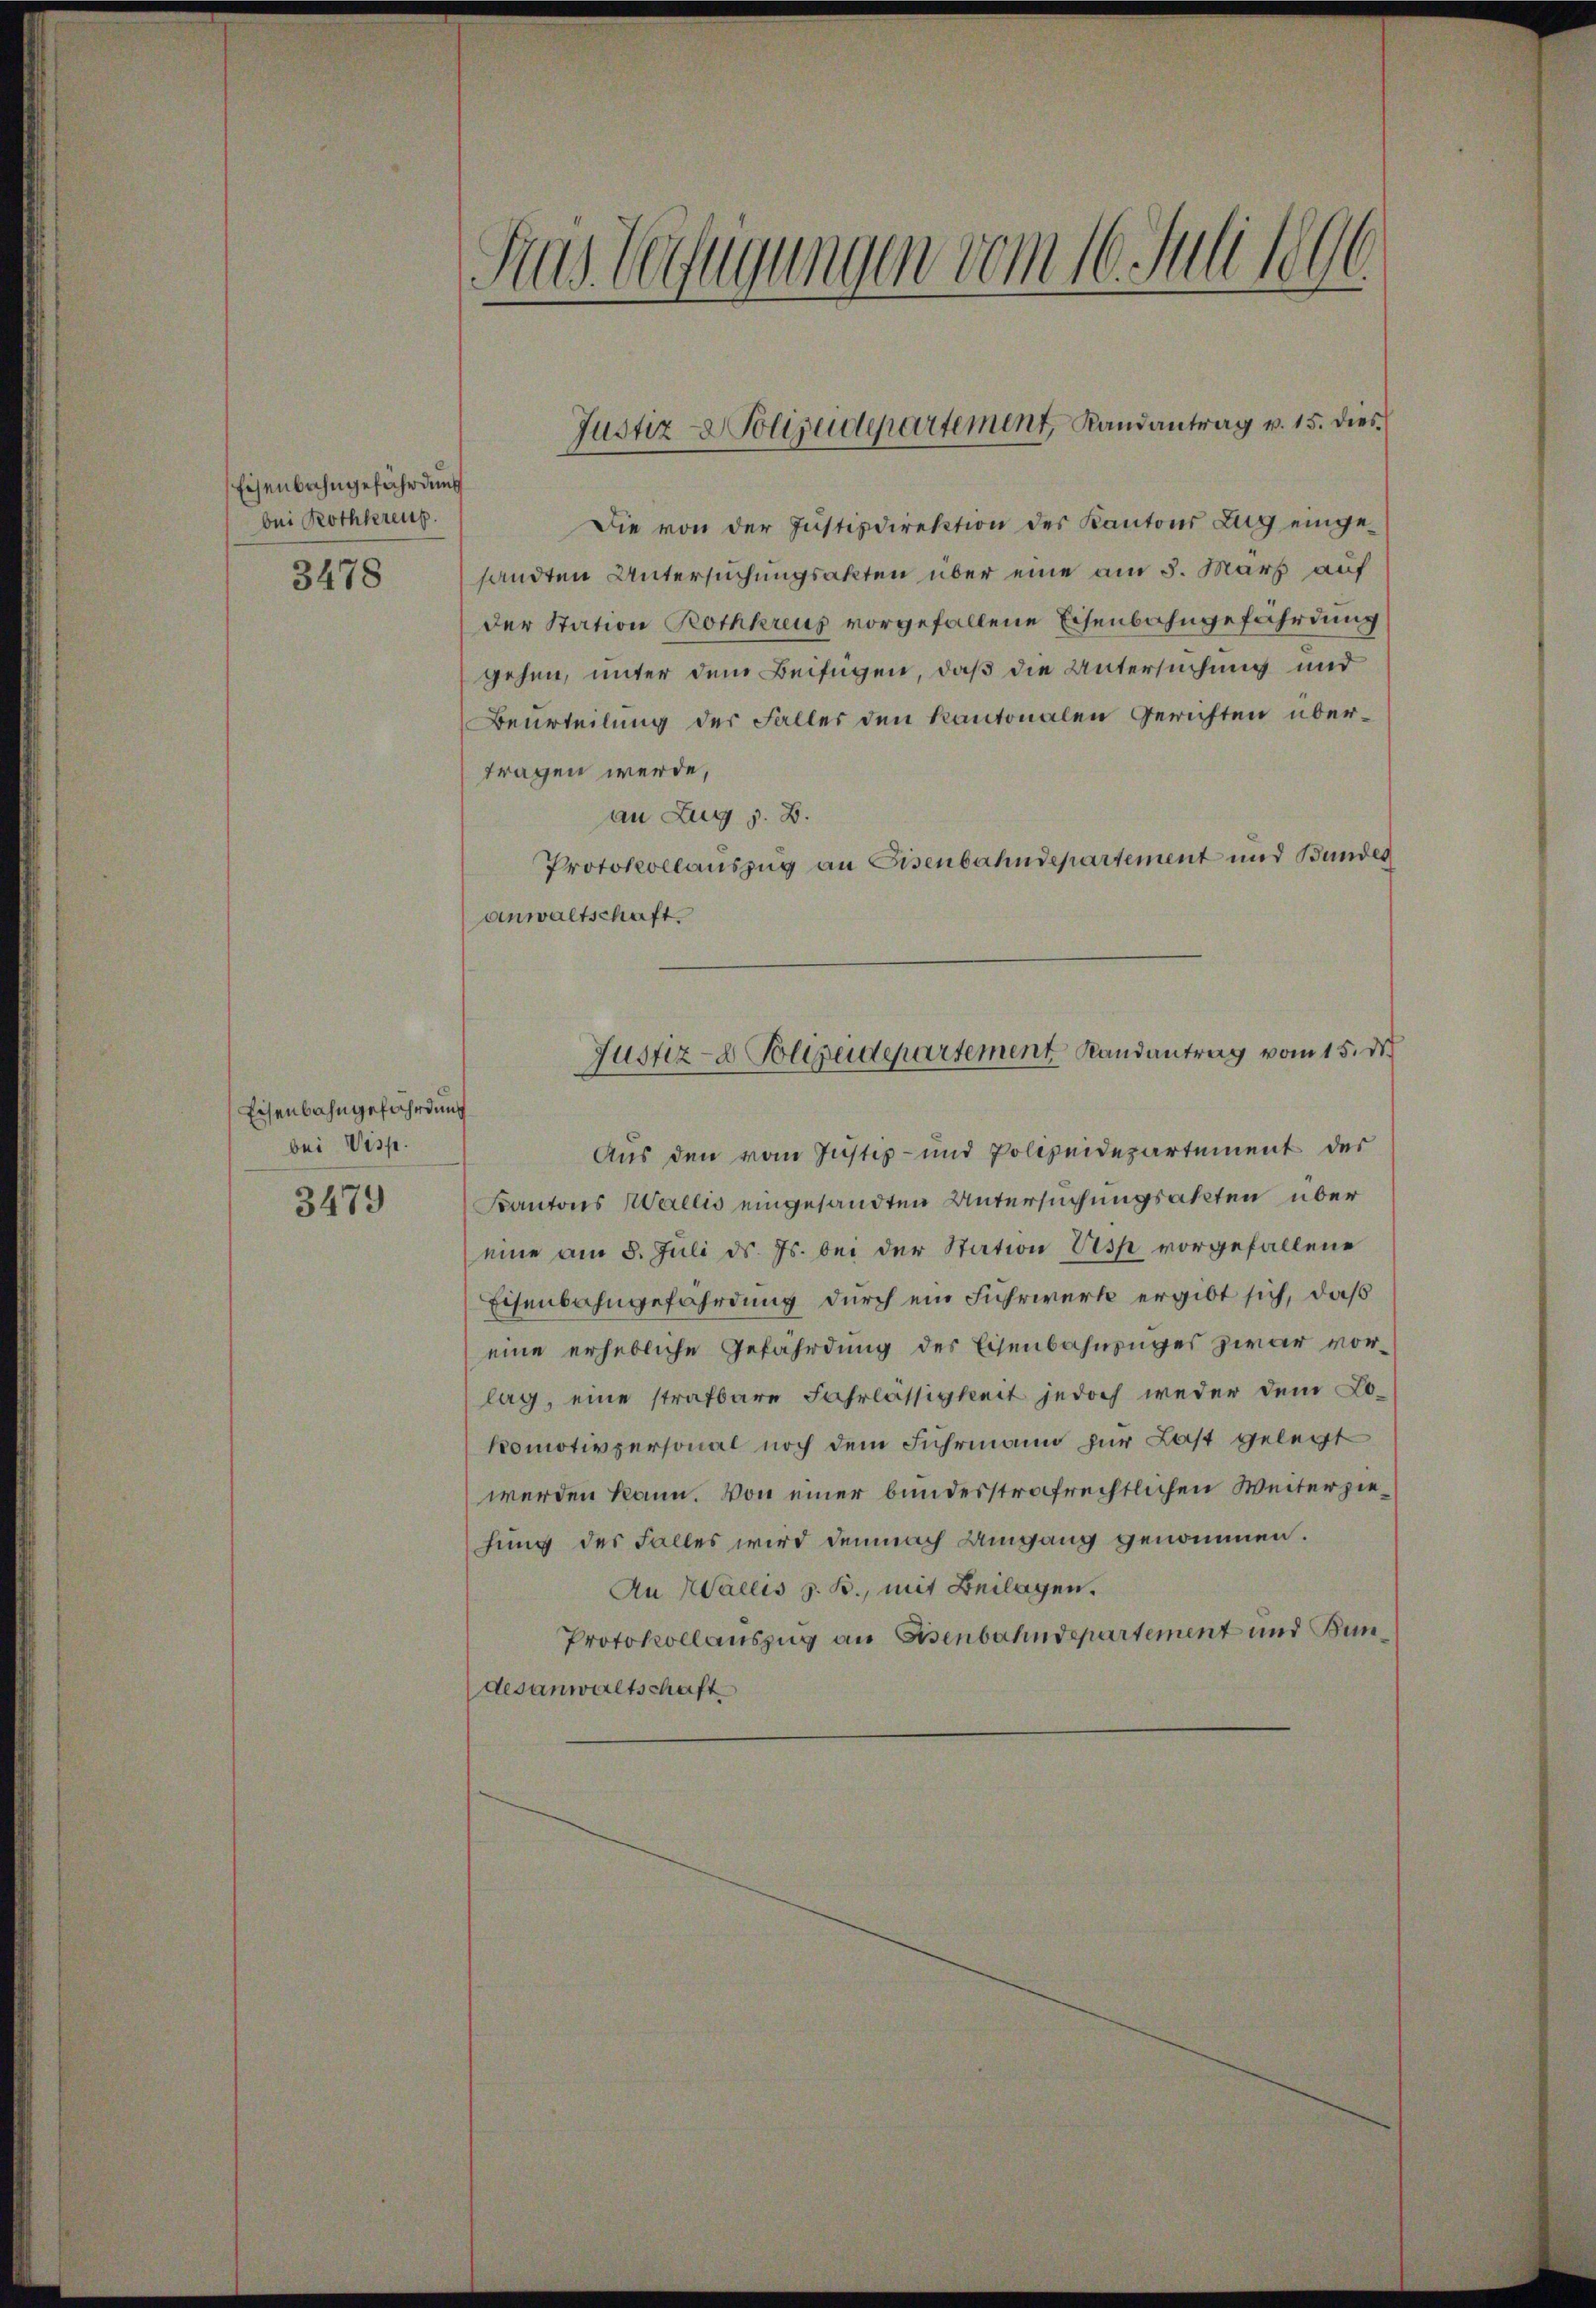
Eisenbahngefährdung
bei Rothkreuz.

3478

Eisenbahngefährdung
bei Visp.

3479

Sas Verfügungen vom 16. Juli 1890.

Die von der Justizdirektion des Kantons Zug eingesandten Untersuchungsakten über eine am 5. März auf
der Station Rothkreuz vorgefallene Eisenbahngefährdung
gehen, unter dem Beifügen, daß die Untersuchung und
Beurteilung des Falles den Kantonalen Gerichten übertragen werde,
an Zug z. B.
Protokollauszug an Eisenbahndepartement und Bundes
anwaltschaft.

Justiz- & Polizeidepartement, Landantrag v. 15. dies

Justiz- & Polizeidepartement Randantrag vom 15. d

Aus den vom Justiz- und Polizeidepartement der
Kantons Wallis eingesandten Untersuchungsakten über
eine am 8. Juli d. Js. bei der Station Visp vorgefallene
Eisenbahngefährdung durch ein Fuhrwerk ergibt sich, daß
eine erhebliche Gefährdung des Eisenbahnunges zwar vorlag, eine strafbare Fahrlässigkeit jedoch weder dem Lo-
komotivpersonal noch dem Fuhrmann zur Last gelegt
werden kann. Von einer bundesstrafrechtlichen Weiterziehung des Falles wird demnach Umgang genommen.
An Wallis z. B., mit Beilagen.
Protokollauszug an Eisenbahndepartement und Kindesanwaltschaft